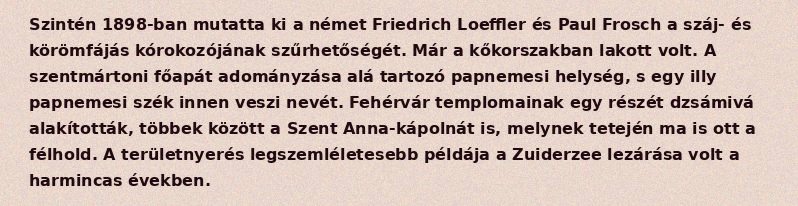
Szintén 1898-ban mutatta ki a német Friedrich Loeffler és Paul Frosch a száj- és körömfájás kórokozójának szűrhetőségét. Már a kőkorszakban lakott volt. A szentmártoni főapát adományzása alá tartozó papnemesi helység, s egy illy papnemesi szék innen veszi nevét. Fehérvár templomainak egy részét dzsámivá alakították, többek között a Szent Anna-kápolnát is, melynek tetején ma is ott a félhold. A területnyerés legszemléletesebb példája a Zuiderzee lezárása volt a harmincas években.